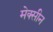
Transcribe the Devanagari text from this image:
मेक्सीन